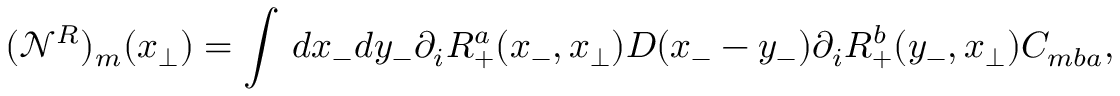
( { \mathcal N } ^ { R } ) _ { m } ( x _ { \perp } ) = \int \, d x _ { - } d y _ { - } \partial _ { i } R _ { + } ^ { a } ( x _ { - } , x _ { \perp } ) D ( x _ { - } - y _ { - } ) \partial _ { i } R _ { + } ^ { b } ( y _ { - } , x _ { \perp } ) C _ { m b a } ,